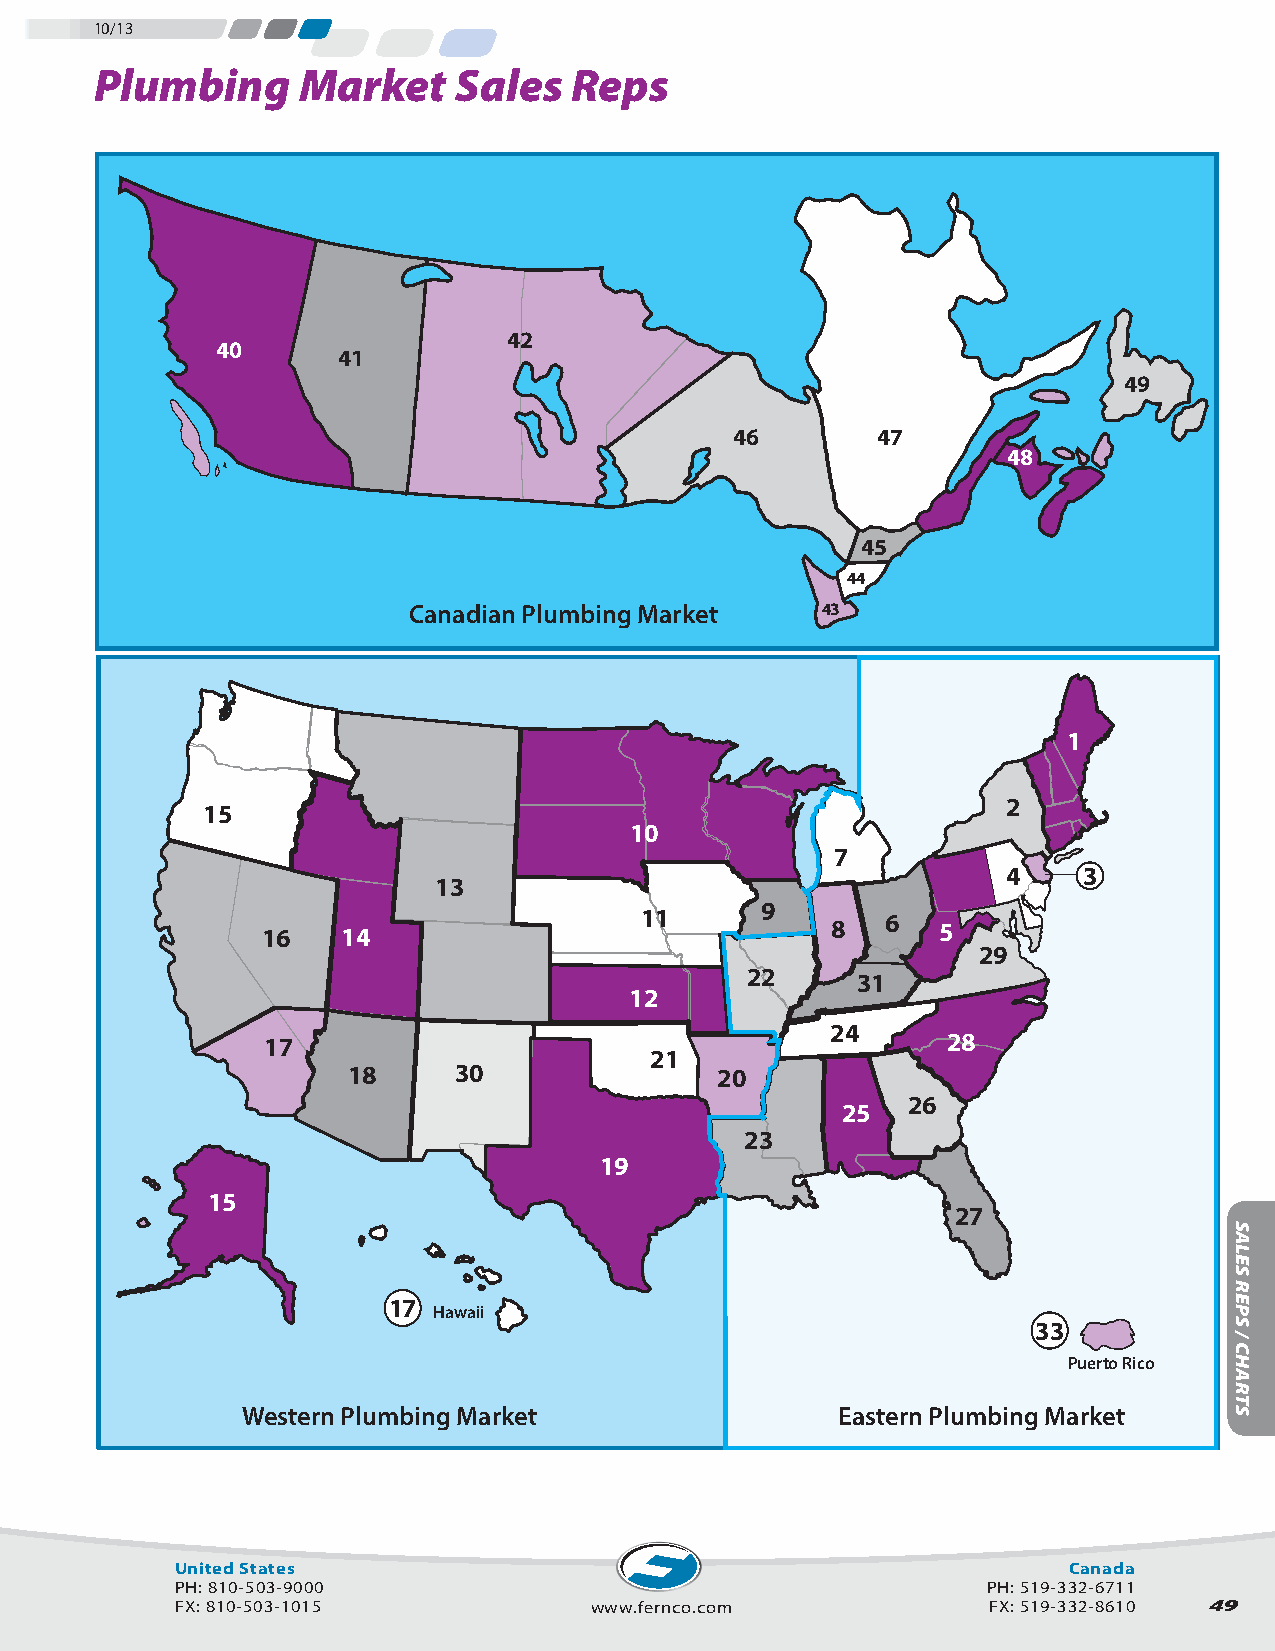
10/13
 Plumbing Market Sales Reps Plumbing Market Sales Reps
 42
 40
 41
 49
 46       47
 48
 45
 44
 Canadian Plumbing Market   43
 1
 2
 15
 10
 7
 4    3
 13
 9
 16    14                 11           8   6  5
 29
 22      31
 12
 24
 17                                            28
 21
 18     30               20
 26
 25
 23
 19
 15
 27
 17
 Hawaii
 33
 Puerto Rico
 Western Plumbing Market                Eastern Plumbing Market
 United States                                              Canada
 PH: 810-503-9000                                     PH: 519-332-6711
 FX: 810-503-1015           www.fernco.com            FX: 519-332-8610 49
 SALES
 REPS
 /
 CHARTS